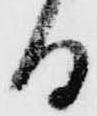
日